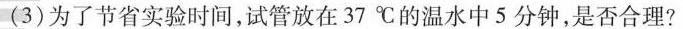
(3)为了节省实验时间，试管放在37℃的温水中5分钟，是否合理?